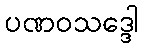
ပဏဝသဒ္ဒေါ